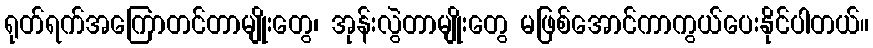
ရုတ်ရက်အကြောတင်တာမျိုးတွေ၊ အုန်းလွဲတာမျိုးတွေ မဖြစ်အောင်ကာကွယ်ပေးနိုင်ပါတယ်။